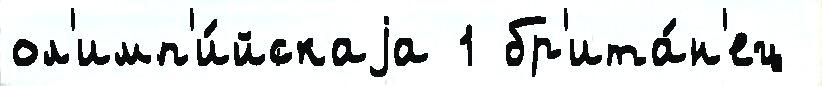
ол'имп'и́йскаjа 1 бр'ита́н'ец